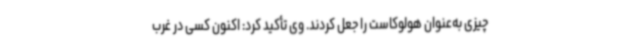
چیزی به‌عنوان هولوکاست را جعل کردند. وی تأکید کرد: اکنون کسی در غرب